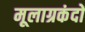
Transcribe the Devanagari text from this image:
मूलाग्रकंदों